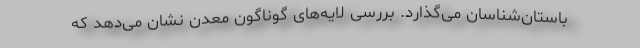
باستان‌شناسان می‌گذارد. بررسی لایه‌های گوناگون معدن نشان می‌دهد که